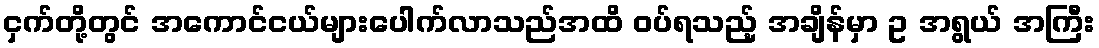
ငှက်တို့တွင် အကောင်ငယ်များပေါက်လာသည်အထိ ဝပ်ရသည့် အချိန်မှာ ဥ အရွယ် အကြီး